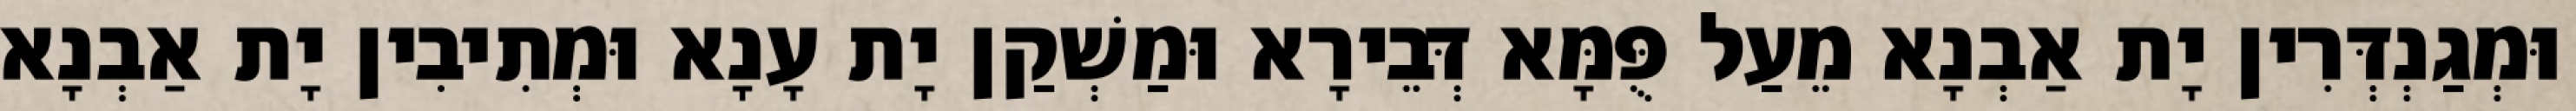
וּמְגַנְדְּרִין יָת אַבְנָא מֵעַל פֻּמָּא דְּבֵירָא וּמַשְׁקַן יָת עָנָא וּמְתִיבִין יָת אַבְנָא